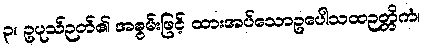
၃။ ဥပုသ်ဉတ်၏ အစွမ်းဖြင့် ထားအပ်သောဥပေါသထဉတ္တိကံ၊